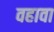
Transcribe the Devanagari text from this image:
वहावा